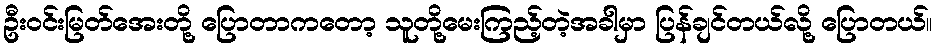
ဦးဝင်းမြတ်အေးတို့ ပြောတာကတော့ သူတို့မေးကြည့်တဲ့အခါမှာ ပြန်ချင်တယ်လို့ ပြောတယ်။